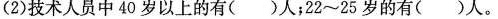
(2)技术人员中40岁以上的有( )人；22~25岁的有( )人。